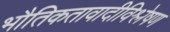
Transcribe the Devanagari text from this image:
भौतिकतावादीविश्लेषण